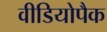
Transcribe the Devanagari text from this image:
वीडियोपैक